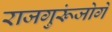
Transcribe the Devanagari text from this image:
राजगुरूंजोगे